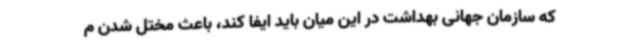
که سازمان جهانی بهداشت در این میان باید ایفا کند، باعث مختل شدن م